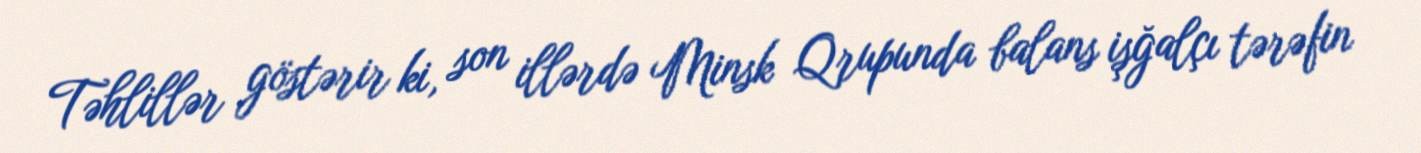
Təhlillər göstərir ki, son illərdə Minsk Qrupunda balans işğalçı tərəfin